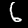
Digit: 6